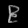
Digit: ၉